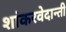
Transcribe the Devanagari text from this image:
शांकरवेदान्ती